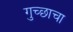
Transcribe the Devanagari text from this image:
गुच्छाचा